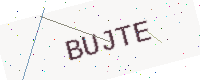
Text: BUJTE